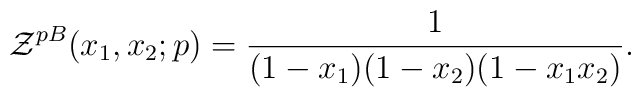
{\cal Z}^{pB}(x_1,x_2;p)= \frac{1}{(1-x_1)(1-x_2)(1-x_1x_2)}.